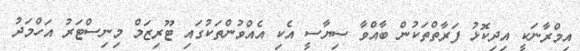
އިމްރާނަކީ އިދިކޮޅު ފަރާތްތަކުން ބާއްވާ ސިޔާސީ އެކި އެއްވުންތަކުގައި ޓޫރިޒަމް މިނިސްޓަރު އަހްމަދު